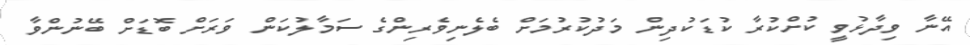
އޭނާ ވިދާޅުވީ ކުށްކުރާ ކުޑަކުދިން މަދުކުރުމަށް ބެލެނިވެރިންގެ ސަމާލުކަން ވަރަށް ބޮޮޑަށް ބޭނުންވާ